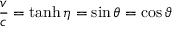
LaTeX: { \frac { v } { c } } = \operatorname { t a n h } \eta = \sin \theta = \cos \vartheta